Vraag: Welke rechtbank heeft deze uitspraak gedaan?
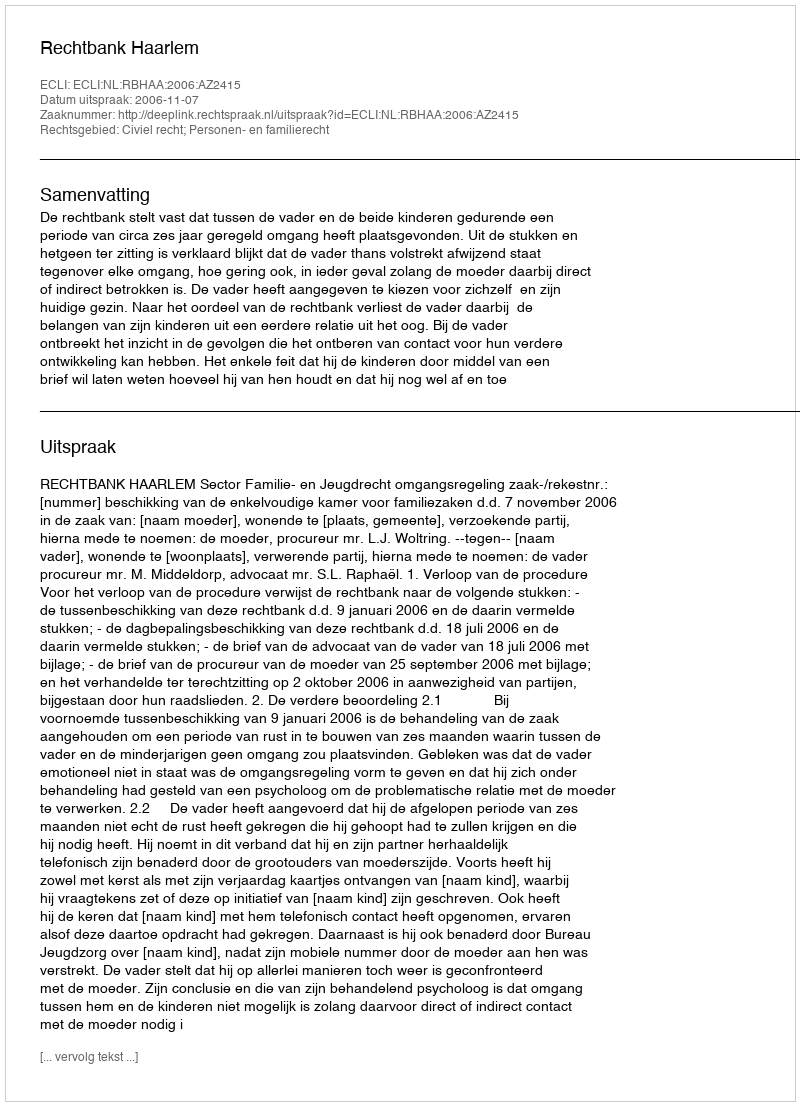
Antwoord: Rechtbank Haarlem